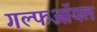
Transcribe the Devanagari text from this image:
गल्फऑयल